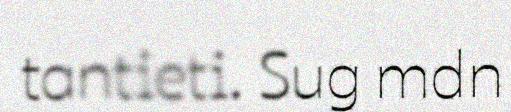
tantieti. Sug mdn